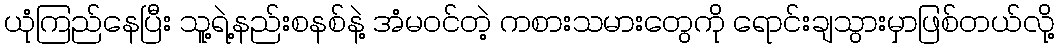
ယုံကြည်နေပြီး သူ့ရဲ့နည်းစနစ်နဲ့ အံမဝင်တဲ့ ကစားသမားတွေကို ရောင်းချသွားမှာဖြစ်တယ်လို့